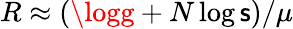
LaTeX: R\approx(\logg+N\log\mathsf{s})/\mu